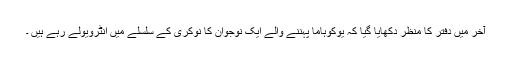
آخر میں دفتر کا منظر دکھایا گیا کہ یوکوہاما پہننے والے ایک نوجوان کا نوکری کے سلسلے میں انٹرویولے رہے ہیں ۔